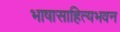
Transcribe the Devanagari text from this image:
भाषासाहित्यभवन